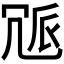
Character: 𠖒